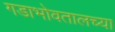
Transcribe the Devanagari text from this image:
गडाभोवतालच्या